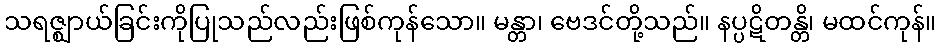
သရဇ္ဈာယ်ခြင်းကိုပြုသည်လည်းဖြစ်ကုန်သော။ မန္တာ၊ ဗေဒင်တို့သည်။ နပ္ပဋိတန္တိ၊ မထင်ကုန်။